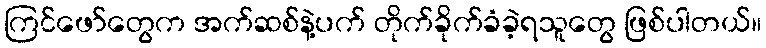
ကြင်ဖော်တွေက အက်ဆစ်နဲ့ပက် တိုက်ခိုက်ခံခဲ့ရသူတွေ ဖြစ်ပါတယ်။